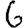
Digit: 6